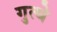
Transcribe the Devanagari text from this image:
गुत्थे